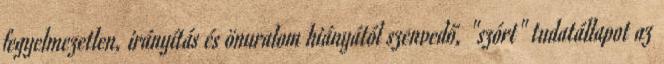
fegyelmezetlen, irányítás és önuralom hiányától szenvedő, "szórt" tudatállapot az